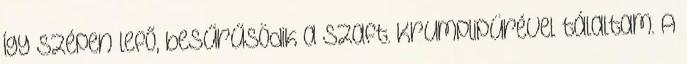
Így szépen lefő, besűrűsödik a szaft. Krumplipürével tálaltam. A